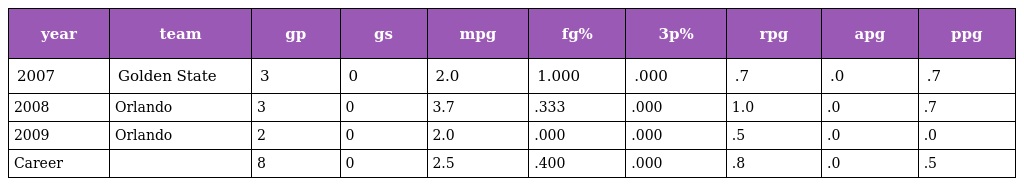
| year | team | gp | gs | mpg | fg% | 3p% | rpg | apg | ppg |
 | --- | --- | --- | --- | --- | --- | --- | --- | --- | --- |
 | 2007 | Golden State | 3 | 0 | 2.0 | 1.000 | .000 | .7 | .0 | .7 |
 | 2008 | Orlando | 3 | 0 | 3.7 | .333 | .000 | 1.0 | .0 | .7 |
 | 2009 | Orlando | 2 | 0 | 2.0 | .000 | .000 | .5 | .0 | .0 |
 | Career |  | 8 | 0 | 2.5 | .400 | .000 | .8 | .0 | .5 |